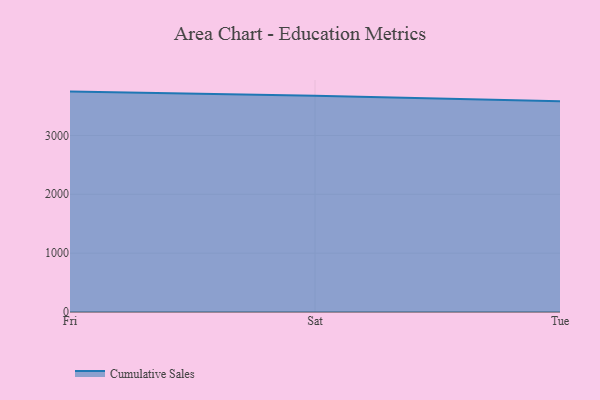
{"axis": {"x": "Day", "y": "Budget (USD K)"}, "legend": ["Cumulative Sales"], "data": [{"x": "Fri", "y": 3744.8, "type": "Cumulative Sales"}, {"x": "Sat", "y": 3676.2, "type": "Cumulative Sales"}, {"x": "Tue", "y": 3582.9, "type": "Cumulative Sales"}]}